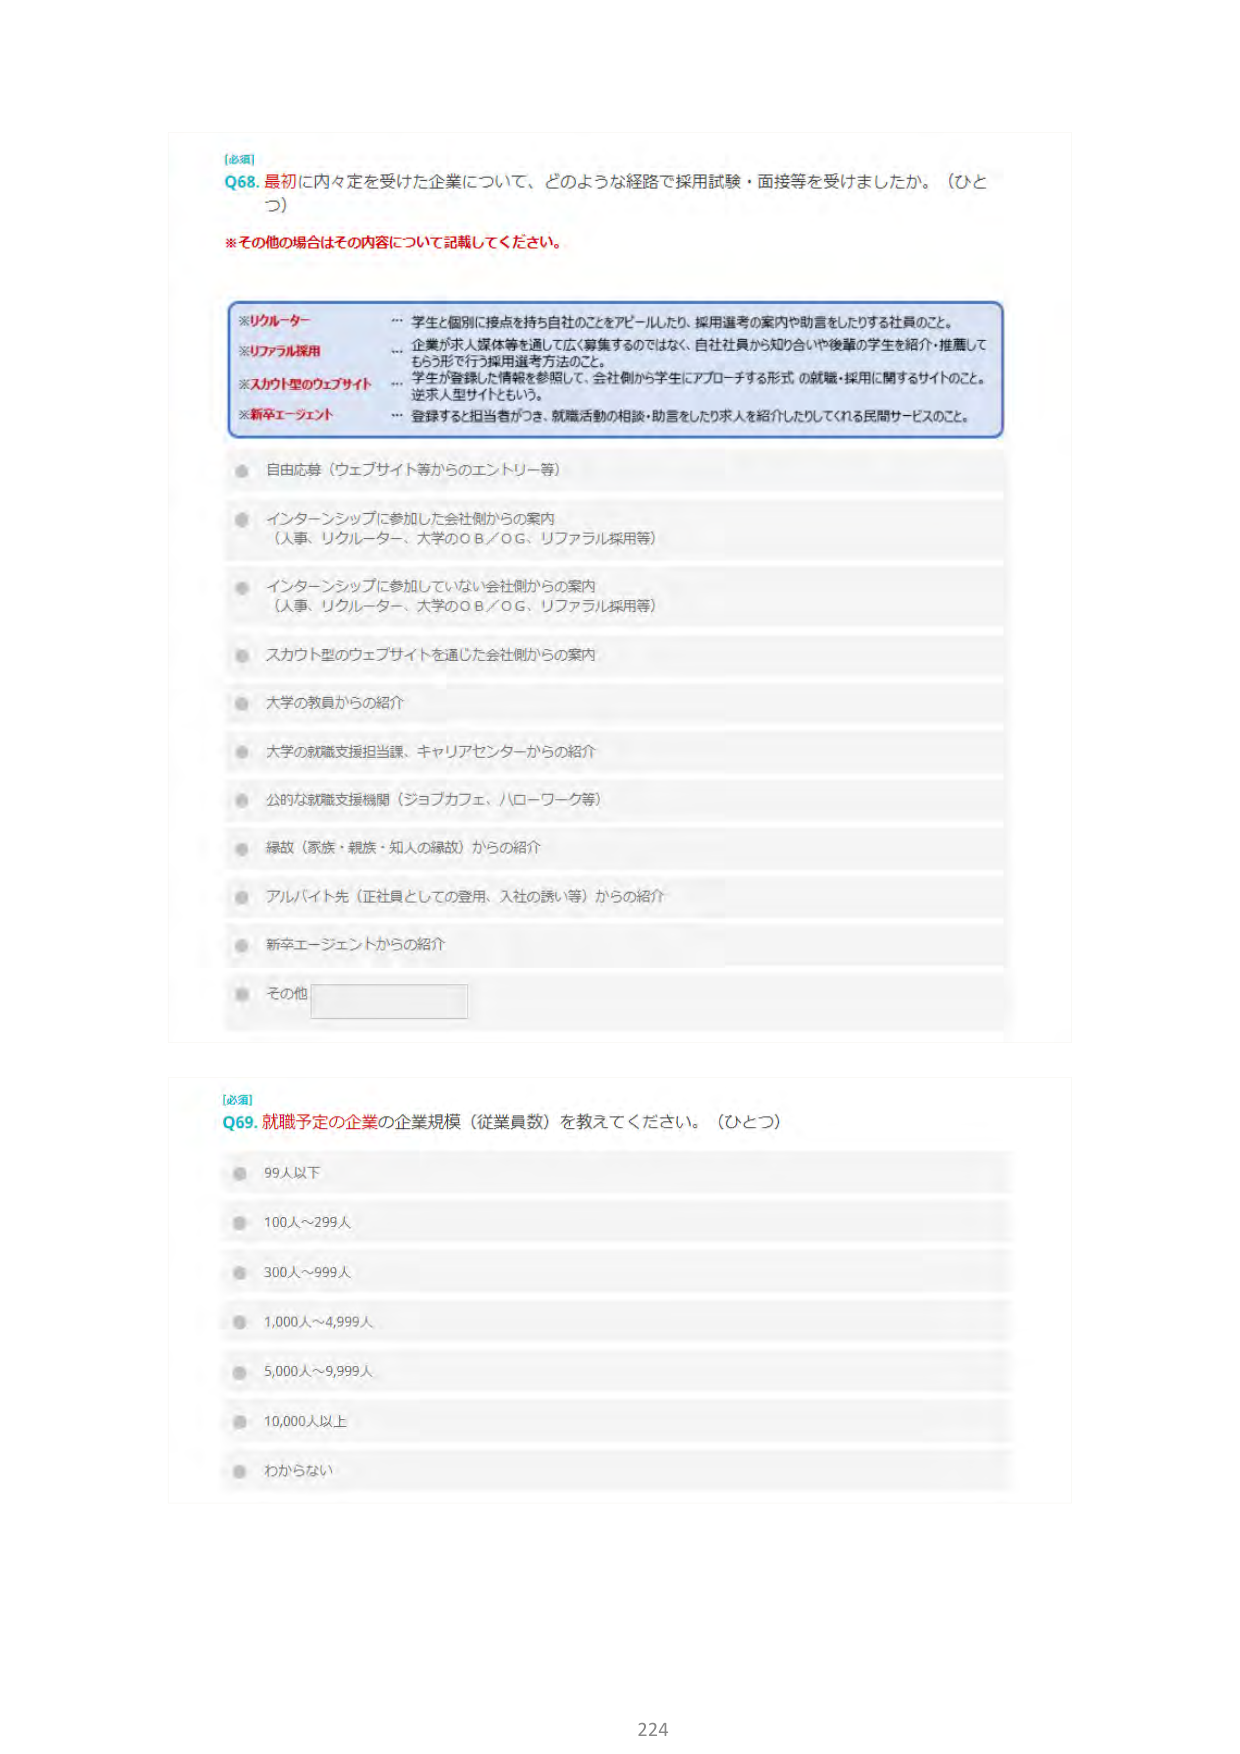
[必須]
Q68. 最初に内々定を受けた企業について、どのような経路で採用試験・面接等を受けましたか。（ひとつ）
※その他の場合はその内容について記載してください。

※リクルーター … 学生と個別に接点を持ち自社のことをアピールしたり、採用選考の案内や助言をしたりする社員のこと。
※リファラル採用 … 企業が求人媒体等を通して広く募集するのではなく、自社社員から知り合いや後輩の学生を紹介・推薦してもらう形で行う採用選考方法のこと。
※スカウト型のウェブサイト … 学生が登録した情報を参照して、会社側から学生にアプローチする形式の就職・採用に関するサイトのこと。逆求人型サイトともいう。
※新卒エージェント … 登録すると担当者がつき、就職活動の相談・助言をしたり求人を紹介したりしてくれる民間サービスのこと。

● 自由応募（ウェブサイト等からのエントリー等）
● インターンシップに参加した会社側からの案内（人事、リクルーター、大学のOB／OG、リファラル採用等）
● インターンシップに参加していない会社側からの案内（人事、リクルーター、大学のOB／OG、リファラル採用等）
● スカウト型のウェブサイトを通じた会社側からの案内
● 大学の教員からの紹介
● 大学の就職支援担当課、キャリアセンターからの紹介
● 公的な就職支援機関（ジョブカフェ、ハローワーク等）
● 縁故（家族・親族・知人の縁故）からの紹介
● アルバイト先（正社員としての登用、入社の誘い等）からの紹介
● 新卒エージェントからの紹介
● その他

[必須]
Q69. 就職予定の企業の企業規模（従業員数）を教えてください。（ひとつ）
● 99人以下
● 100人～299人
● 300人～999人
● 1,000人～4,999人
● 5,000人～9,999人
● 10,000人以上
● わからない

224